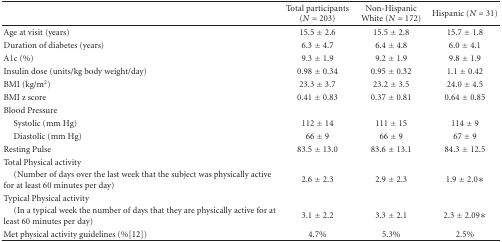
<table><thead><tr><td></td><td><b>Total participants (<i>N</i> = 203)</b></td><td><b>Non-Hispanic White (<i>N</i> = 172)</b></td><td><b>Hispanic (<i>N</i> = 31)</b></td></tr></thead><tbody><tr><td>Age at visit (years)</td><td>15.5 ± 2.6</td><td>15.5 ± 2.8</td><td>15.7 ± 1.8</td></tr><tr><td>Duration of diabetes (years)</td><td>6.3 ± 4.7</td><td>6.4 ± 4.8</td><td>6.0 ± 4.1</td></tr><tr><td>A1c (%)</td><td>9.3 ± 1.9</td><td>9.2 ± 1.9</td><td>9.8 ± 1.9</td></tr><tr><td>Insulin dose (units/kg body weight/day)</td><td>0.98 ± 0.34</td><td>0.95 ± 0.32</td><td>1.1 ± 0.42</td></tr><tr><td>BMI (kg/m<sup>2</sup>)</td><td>23.3 ± 3.7</td><td>23.2 ± 3.5</td><td>24.0 ± 4.5</td></tr><tr><td>BMI z score</td><td>0.41 ± 0.83</td><td>0.37 ± 0.81</td><td>0.64 ± 0.85</td></tr><tr><td>Blood Pressure</td><td></td><td></td><td></td></tr><tr><td> Systolic (mm Hg)</td><td>112 ± 14</td><td>111 ± 15</td><td>114 ± 9</td></tr><tr><td> Diastolic (mm Hg)</td><td>66 ± 9</td><td>66 ± 9</td><td>67 ± 9</td></tr><tr><td>Resting Pulse</td><td>83.5 ± 13.0</td><td>83.6 ± 13.1</td><td>84.3 ± 12.5</td></tr><tr><td>Total Physical activity</td><td></td><td></td><td></td></tr><tr><td> (Number of days over the last week that the subject was physically active for at least 60 minutes per day)</td><td>2.6 ± 2.3</td><td>2.9 ± 2.3</td><td>1.9 ± 2.0∗</td></tr><tr><td>Typical Physical activity</td><td></td><td></td><td></td></tr><tr><td> (In a typical week the number of days that they are physically active for at least 60 minutes per day)</td><td>3.1 ± 2.2</td><td>3.3 ± 2.1</td><td>2.3 ± 2.09∗</td></tr><tr><td>Met physical activity guidelines (%[12])</td><td>4.7%</td><td>5.3%</td><td>2.5%</td></tr></tbody></table>